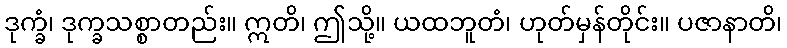
ဒုက္ခံ၊ ဒုက္ခသစ္စာတည်း။ ဣတိ၊ ဤသို့။ ယထဘူတံ၊ ဟုတ်မှန်တိုင်း။ ပဇာနာတိ၊